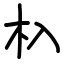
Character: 杁